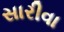
સારીવા